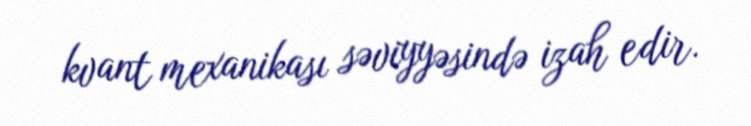
kvant mexanikası səviyyəsində izah edir.